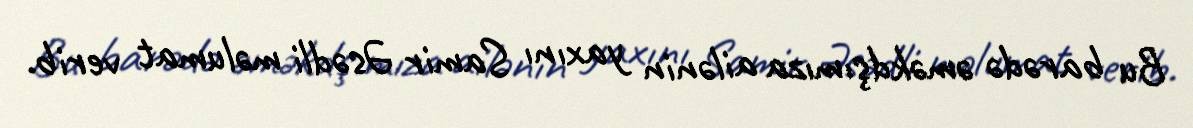
Bu barədə əməkdşımıza ailənin yaxını Samir Əsədli məlumat verib.